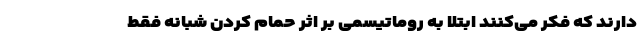
دارند که فکر می‌کنند ابتلا به روماتیسمی بر اثر حمام کردن شبانه فقط